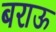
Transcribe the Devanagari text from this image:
बराऊ